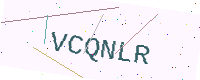
Text: VCQNLR